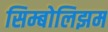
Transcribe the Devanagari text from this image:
सिम्बोलिझम